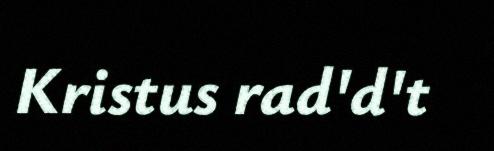
Kristus rad'd't